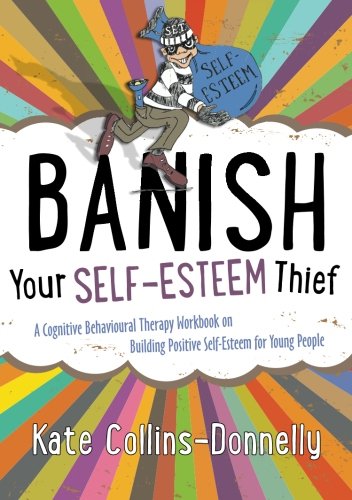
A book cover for Banish Your Self-Esteem Thief: A Cognitive Behavioural Therapy Workbook on Building Positive Self-esteem for Young People (Gremlin and Thief CBT Workbooks); Kate Collins-Donnelly; Teen & Young Adult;